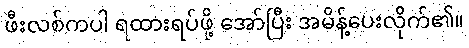
ဖီးလစ်ကပါ ရထားရပ်ဖို့ အော်ပြီး အမိန့်ပေးလိုက်၏။